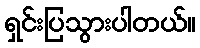
ရှင်းပြသွားပါတယ်။